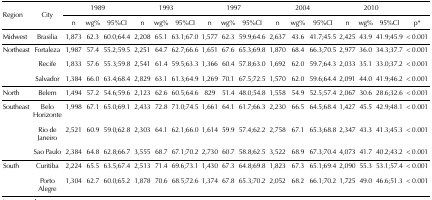
<table><thead><tr><td rowspan="2"><b>Region</b></td><td rowspan="2"><b>City</b></td><td colspan="3"><b>1989 </b></td><td colspan="3"><b>1993 </b></td><td colspan="3"><b>1997 </b></td><td colspan="3"><b>2004 </b></td><td colspan="3"><b>2010 </b></td><td><b> </b></td></tr><tr><td><b>n</b></td><td><b>wg%</b></td><td><b>95%CI</b></td><td><b>n</b></td><td><b>wg%</b></td><td><b>95%CI</b></td><td><b>n</b></td><td><b>wg%</b></td><td><b>95%CI</b></td><td><b>n</b></td><td><b>wg%</b></td><td><b>95%CI</b></td><td><b>n</b></td><td><b>wg%</b></td><td><b>95%CI</b></td><td><b>p*</b></td></tr></thead><tbody><tr><td>Midwest</td><td>Brasilia</td><td>1,873</td><td>62.3</td><td>60.0;64.4</td><td>2,208</td><td>65.1</td><td>63.1;67.0</td><td>1,577</td><td>62.3</td><td>59.9;64.6</td><td>2,637</td><td>43.6</td><td>41.7;45.5</td><td>2,425</td><td>43.9</td><td>41.9;45.9</td><td>&lt; 0.001</td></tr><tr><td rowspan="3">Northeast</td><td>Fortaleza</td><td>1,987</td><td>57.4</td><td>55.2;59.5</td><td>2,251</td><td>64.7</td><td>62.7;66.6</td><td>1,651</td><td>67.6</td><td>65.3;69.8</td><td>1,870</td><td>68.4</td><td>66.3;70.5</td><td>2,977</td><td>36.0</td><td>34.3;37.7</td><td>&lt; 0.001</td></tr><tr><td>Recife</td><td>1,833</td><td>57.6</td><td>55.3;59.8</td><td>2,541</td><td>61.4</td><td>59.5;63.3</td><td>1,366</td><td>60.4</td><td>57.8;63.0</td><td>1,692</td><td>62.0</td><td>59.7;64.3</td><td>2,033</td><td>35.1</td><td>33.0;37.2</td><td>&lt; 0.001</td></tr><tr><td>Salvador</td><td>1,384</td><td>66.0</td><td>63.4;68.4</td><td>2,829</td><td>63.1</td><td>61.3;64.9</td><td>1,269</td><td>70.1</td><td>67.5;72.5</td><td>1,570</td><td>62.0</td><td>59.6;64.4</td><td>2,091</td><td>44.0</td><td>41.9;46.2</td><td>&lt; 0.001</td></tr><tr><td>North</td><td>Belem</td><td>1,494</td><td>57.2</td><td>54.6;59.6</td><td>2,123</td><td>62.6</td><td>60.5;64.6</td><td>829</td><td>51.4</td><td>48.0;54.8</td><td>1,558</td><td>54.9</td><td>52.5;57.4</td><td>2,067</td><td>30.6</td><td>28.6;32.6</td><td>&lt; 0.001</td></tr><tr><td rowspan="3">Southeast</td><td>Belo Horizonte</td><td>1,998</td><td>67.1</td><td>65.0;69.1</td><td>2,433</td><td>72.8</td><td>71.0;74.5</td><td>1,661</td><td>64.1</td><td>61.7;66.3</td><td>2,230</td><td>66.5</td><td>64.5;68.4</td><td>1,427</td><td>45.5</td><td>42.9;48.1</td><td>&lt; 0.001</td></tr><tr><td>Rio de Janeiro</td><td>2,521</td><td>60.9</td><td>59.0;62.8</td><td>2,303</td><td>64.1</td><td>62.1;66.0</td><td>1,614</td><td>59.9</td><td>57.4;62.2</td><td>2,758</td><td>67.1</td><td>65.3;68.8</td><td>2,347</td><td>43.3</td><td>41.3;45.3</td><td>&lt; 0.001</td></tr><tr><td>Sao Paulo</td><td>2,384</td><td>64.8</td><td>62.8;66.7</td><td>3,555</td><td>68.7</td><td>67.1;70.2</td><td>2,730</td><td>60.7</td><td>58.8;62.5</td><td>3,522</td><td>68.9</td><td>67.3;70.4</td><td>4,073</td><td>41.7</td><td>40.2;43.2</td><td>&lt; 0.001</td></tr><tr><td rowspan="2">South</td><td>Curitiba</td><td>2,224</td><td>65.5</td><td>63.5;67.4</td><td>2,513</td><td>71.4</td><td>69.6;73.1</td><td>1,430</td><td>67.3</td><td>64.8;69.8</td><td>1,823</td><td>67.3</td><td>65.1;69.4</td><td>2,090</td><td>55.3</td><td>53.1;57.4</td><td>&lt; 0.001</td></tr><tr><td>Porto Alegre</td><td>1,304</td><td>62.7</td><td>60.0;65.2</td><td>1,878</td><td>70.6</td><td>68.5;72.6</td><td>1,374</td><td>67.8</td><td>65.3;70.2</td><td>2,052</td><td>68.2</td><td>66.1;70.2</td><td>1,725</td><td>49.0</td><td>46.6;51.3</td><td>&lt; 0.001</td></tr></tbody></table>